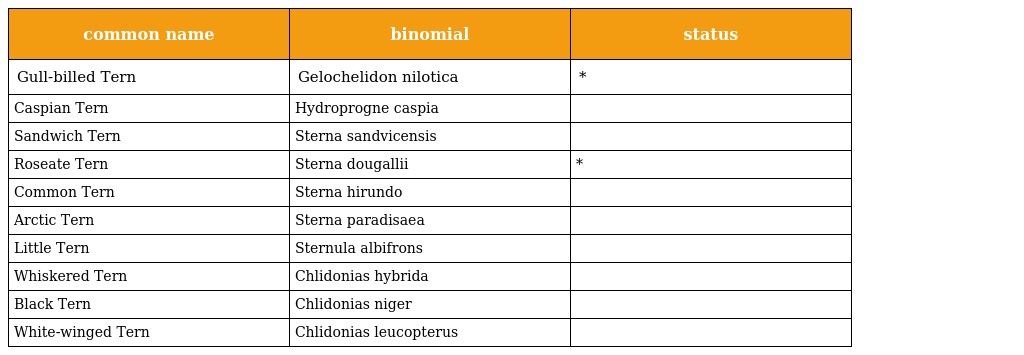
| common name | binomial | status |
 | --- | --- | --- |
 | Gull-billed Tern | Gelochelidon nilotica | * |
 | Caspian Tern | Hydroprogne caspia |  |
 | Sandwich Tern | Sterna sandvicensis |  |
 | Roseate Tern | Sterna dougallii | * |
 | Common Tern | Sterna hirundo |  |
 | Arctic Tern | Sterna paradisaea |  |
 | Little Tern | Sternula albifrons |  |
 | Whiskered Tern | Chlidonias hybrida |  |
 | Black Tern | Chlidonias niger |  |
 | White-winged Tern | Chlidonias leucopterus |  |